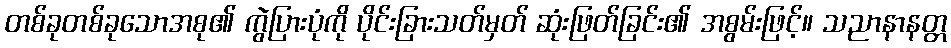
တစ်ခုတစ်ခုသောအစု၏ ကွဲပြားပုံကို ပိုင်းခြားသတ်မှတ် ဆုံးဖြတ်ခြင်း၏ အစွမ်းဖြင့်။ သညာနာနတ္တ